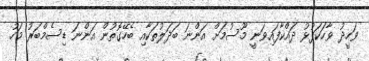
ވަހީދު ވާހަކަފުޅު ދައްކާފައިވަނީ މޫސުމަށް އަންނަ ބަދަލުތަކާއި ބެހޭގޮތުން އަންނަ ޑިސެމްބަރު މަހު